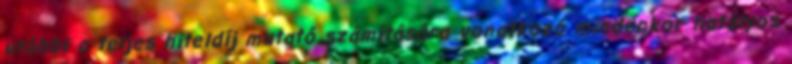
utóbbi a teljes hiteldíj mutató számítására vonatkozó mindenkor hatályos